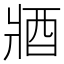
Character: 𨟻